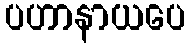
ပဟာနာယပေ